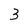
Character: 3